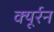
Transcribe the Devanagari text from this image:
क्यूर्रन